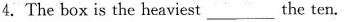
4.The box is the heaviest___the ten.